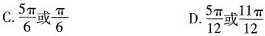
A.\frac{5π}{6}或\frac{π}{6} B.\frac{5π}{12}或\frac{11π}{12}